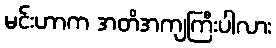
မင်းဟာက အတိအကျကြီးပါလား